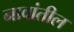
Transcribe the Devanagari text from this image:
नावांतील